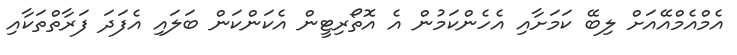
އެމްއެމްއޭއަށް ލިބޭ ކަމަށާއި އެހެންކަމުން އެ އޮތޯރިޓީން އެކަންކަން ބަލައި އެފަދަ ފަރާތްތަކާއި